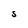
Character: S